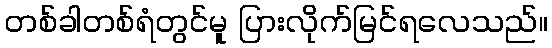
တစ်ခါတစ်ရံတွင်မူ ပြားလိုက်မြင်ရလေသည်။